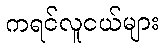
ကရင်လူငယ်များ